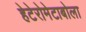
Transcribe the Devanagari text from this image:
हेटेरोमेटाबोला